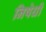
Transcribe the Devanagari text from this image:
निषेधी